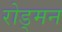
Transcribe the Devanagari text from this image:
रोड्मन